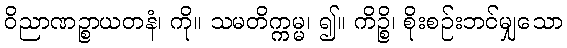
ဝိညာဏဉ္စာယတနံ၊ ကို။ သမတိက္ကမ္မ၊ ၍။ ကိဉ္စိ၊ စိုးစဉ်းဘင်မျှသော